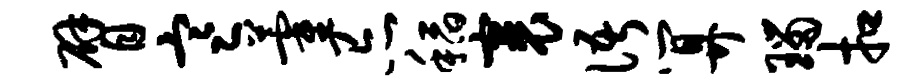
臂寒藿忌稻裹语算瑙扣